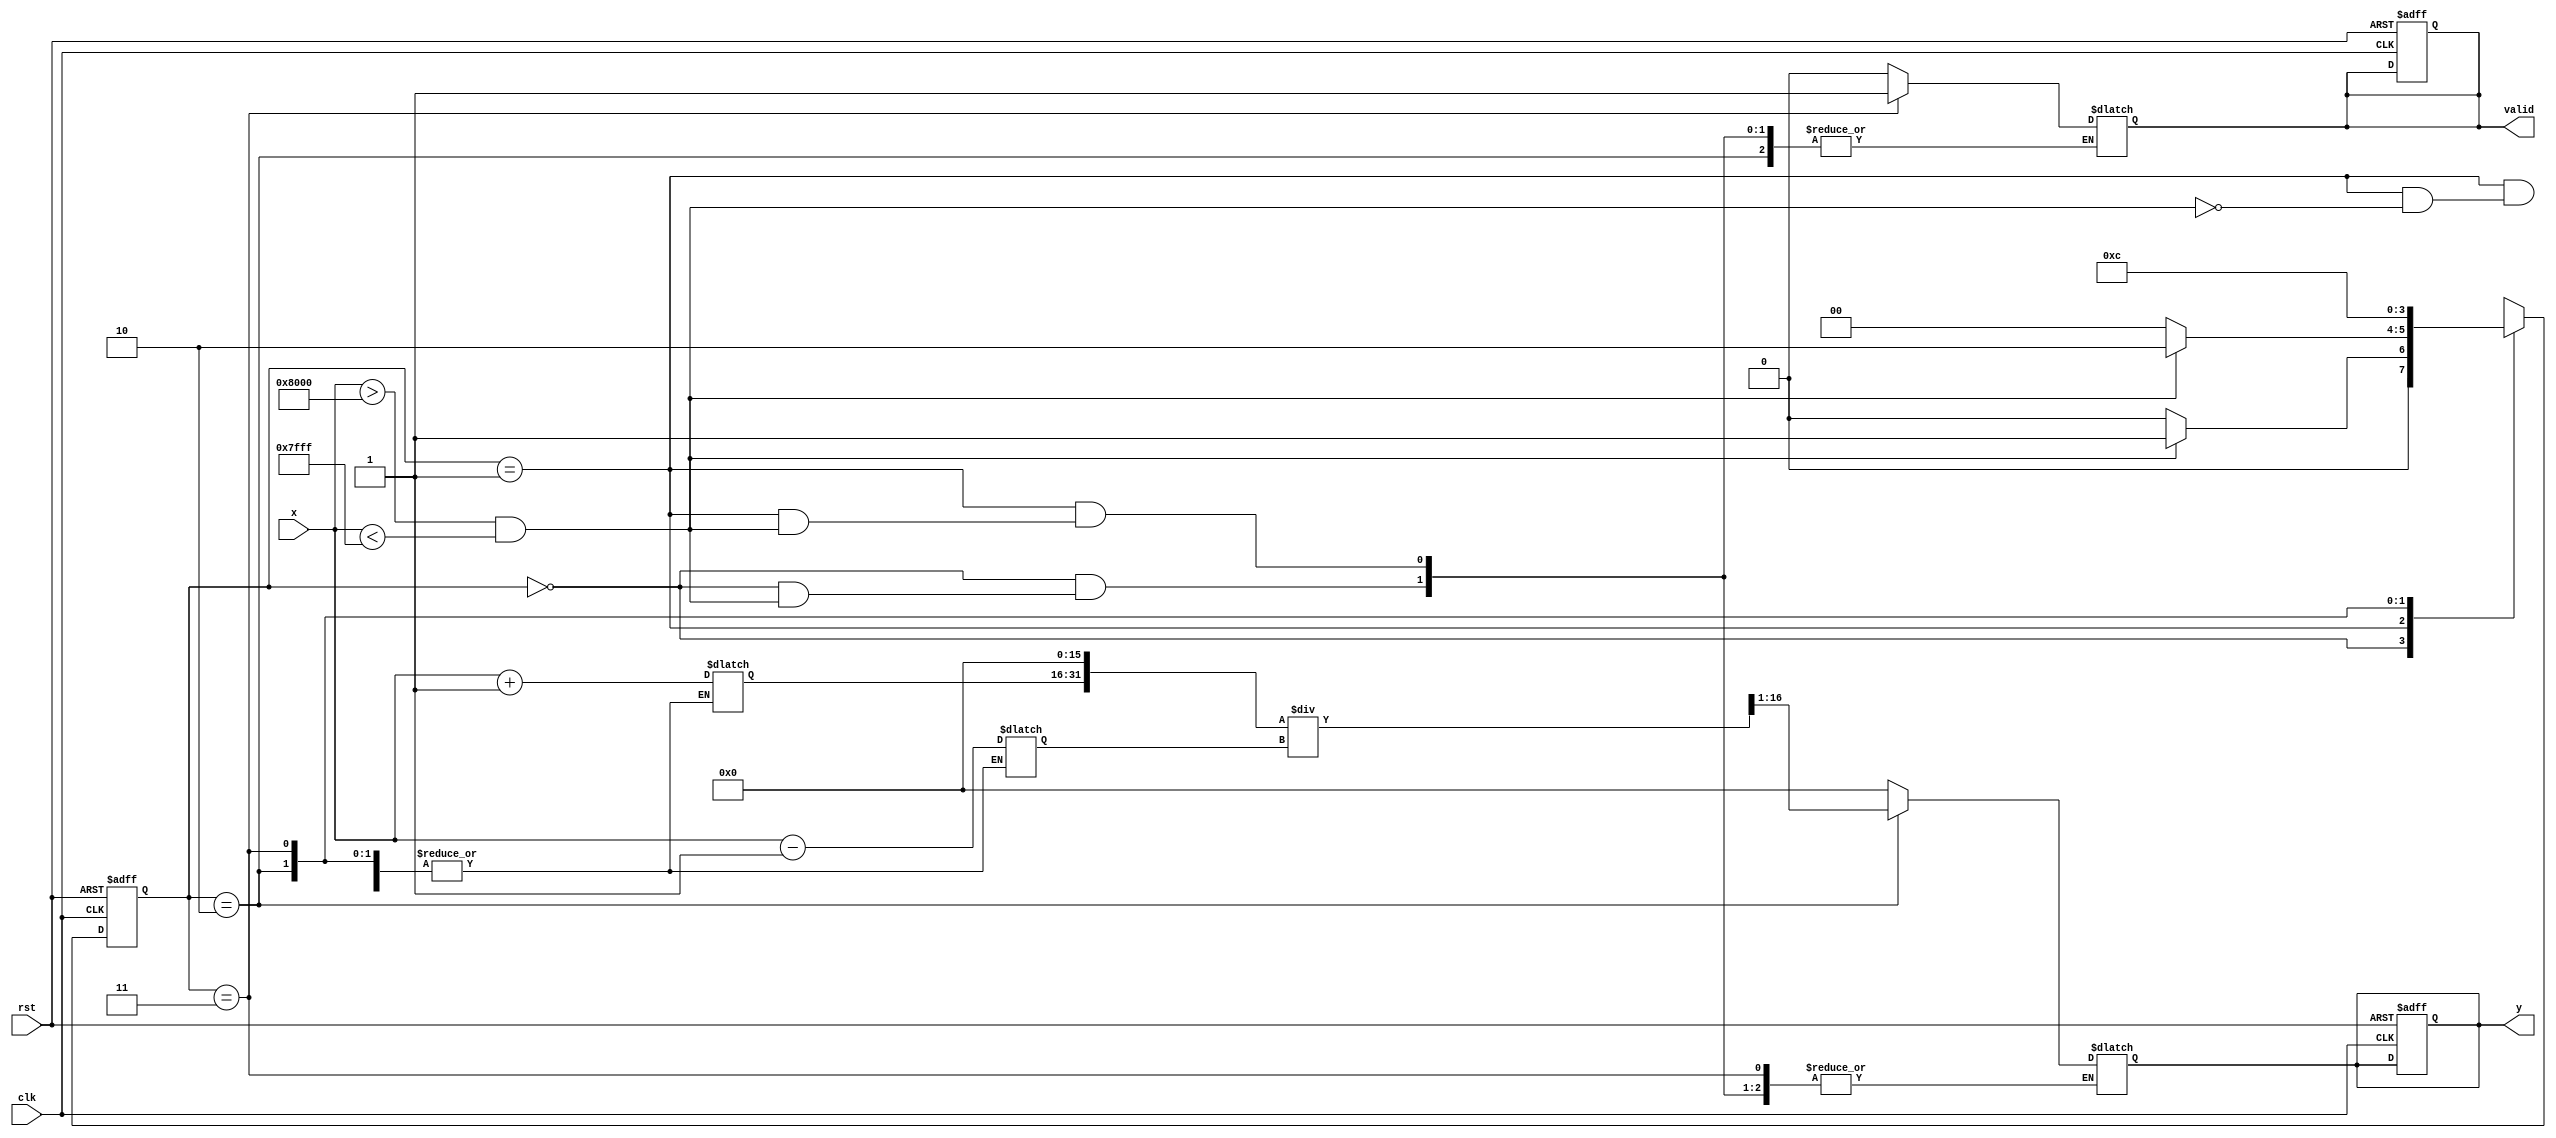
module atanh_block (
    input wire signed [15:0] x,      // Input signal (fixed-point)
    input wire clk,                   // Clock signal
    input wire rst,                   // Reset signal
    output reg signed [15:0] y,       // Output signal (atanh result)
    output reg valid                  // Valid signal
);

    // Internal signals
    reg signed [15:0] x_plus_1;
    reg signed [15:0] x_minus_1;
    reg signed [31:0] division_result; // Intermediate result for (1+x)/(1-x)
    reg signed [31:0] log_result;      // Intermediate result for ln((1+x)/(1-x))
    reg [1:0] state;                   // State for FSM
    reg [1:0] next_state;              // Next state for FSM

    // State encoding
    localparam IDLE = 2'b00;
    localparam CHECK_RANGE = 2'b01;
    localparam COMPUTE = 2'b10;
    localparam OUTPUT = 2'b11;

    // Input range check
    wire valid_input = (x > -16'h8000) && (x < 16'h7FFF); // Check if x is in (-1, 1)

    // Logarithm approximation (simple version)
    function signed [31:0] ln(input signed [31:0] value);
        // Placeholder for logarithm computation
        // Replace with a proper logarithm implementation
        ln = value; // This is a stub; implement your logarithm here
    endfunction

    // FSM for control logic
    always @(posedge clk or posedge rst) begin
        if (rst) begin
            state <= IDLE;
            y <= 0;
            valid <= 0;
        end else begin
            state <= next_state;
        end
    end

    // State machine for processing
    always @(*) begin
        case (state)
            IDLE: begin
                if (valid_input) begin
                    next_state = CHECK_RANGE;
                end else begin
                    next_state = IDLE;
                    y = 0; // Error handling: output zero or a predefined constant
                    valid = 0;
                end
            end

            CHECK_RANGE: begin
                if (valid_input) begin
                    x_plus_1 = x + 16'h0001; // 1 + x
                    x_minus_1 = x - 16'h0001; // 1 - x
                    next_state = COMPUTE;
                end else begin
                    next_state = IDLE;
                    y = 0; // Error handling
                    valid = 0;
                end
            end

            COMPUTE: begin
                // Compute (1+x)/(1-x)
                division_result = (x_plus_1 << 16) / (x_minus_1); // Fixed-point division
                log_result = ln(division_result); // Compute ln((1+x)/(1-x))
                y = log_result >> 1; // Scale by 1/2
                next_state = OUTPUT;
            end

            OUTPUT: begin
                valid = 1; // Output is valid
                next_state = IDLE; // Go back to IDLE
            end

            default: begin
                next_state = IDLE;
            end
        endcase
    end

endmodule